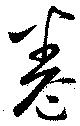
巻